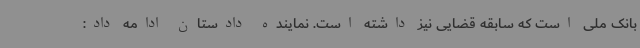
بانک ملی است که سابقه قضایی نیز داشته است. نماینده دادستان ادامه داد: